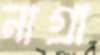
নাগ্রা